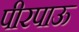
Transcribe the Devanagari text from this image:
पीरपाऊ